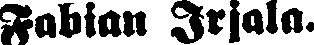
Fabian Irjala.